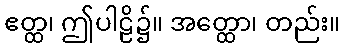
ဧတ္ထ၊ ဤပါဠိ၌။ အတ္ထော၊ တည်း။